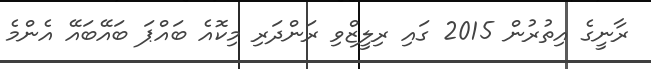
ރާނީގެ އިތުރުން 2015 ގައި ރިލީޒްވި ރަންދަރި މިކޮއެ ބައްޕަ ބައޭބައޭ އެންމެ